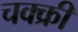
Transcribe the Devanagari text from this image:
चक्क्री